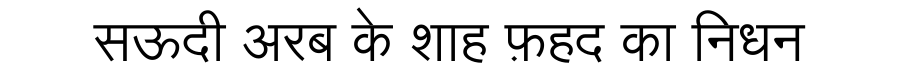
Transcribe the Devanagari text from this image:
सऊदी अरब के शाह फ़हद का निधन